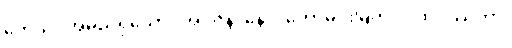
ကေသဝအမည်ရှိသော။ အဂ္ဂဇန၊ နောင်တော်မင်းမြတ်။ ပထဝိဿိတာ၊